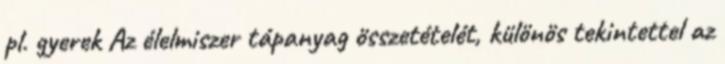
pl. gyerek Az élelmiszer tápanyag összetételét, különös tekintettel az